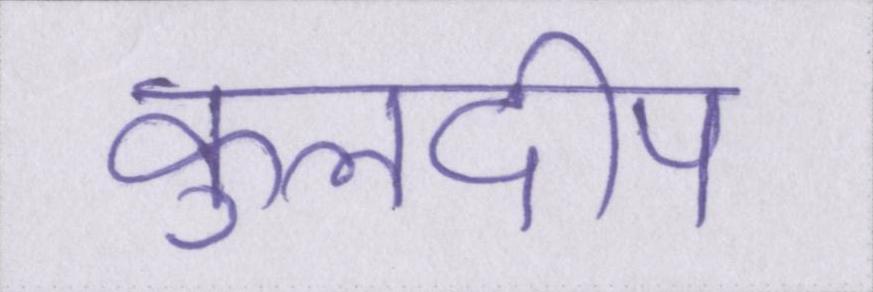
कुलदीप